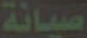
صيانة